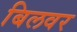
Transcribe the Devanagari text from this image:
बिलवर